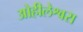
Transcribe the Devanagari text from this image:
ओहीलेश्वरा